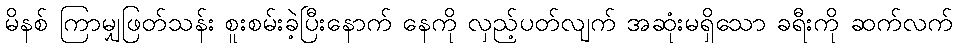
မိနစ် ကြာမျှဖြတ်သန်း စူးစမ်းခဲ့ပြီးနောက် နေကို လှည့်ပတ်လျက် အဆုံးမရှိသော ခရီးကို ဆက်လက်